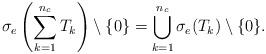
LaTeX: \begin{align*}\sigma_e\left(\sum_{k=1}^{n_c} T_k\right)\setminus\{0\} = \bigcup_{k=1}^{n_c} \sigma_e(T_k)\setminus\{0\}.\end{align*}